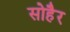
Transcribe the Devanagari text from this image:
सोहैर